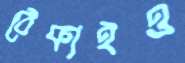
ঠেকাইও